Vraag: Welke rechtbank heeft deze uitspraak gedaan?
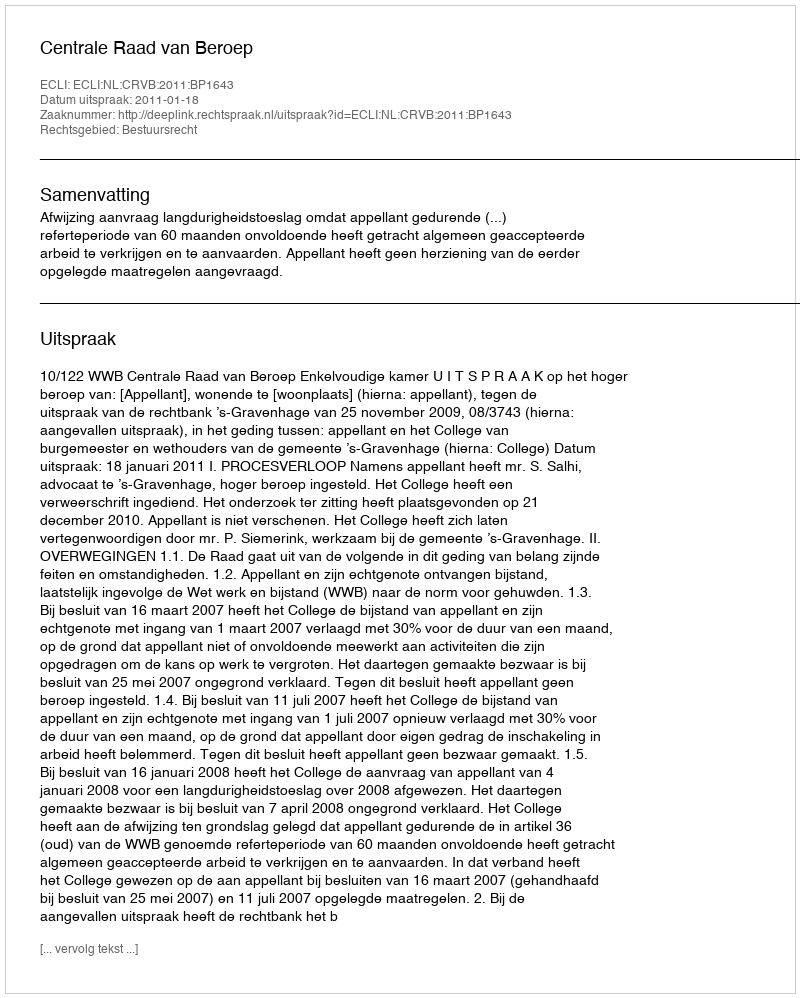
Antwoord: Centrale Raad van Beroep